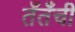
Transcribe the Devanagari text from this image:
तँतँची